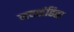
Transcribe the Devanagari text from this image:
नवसंहिता